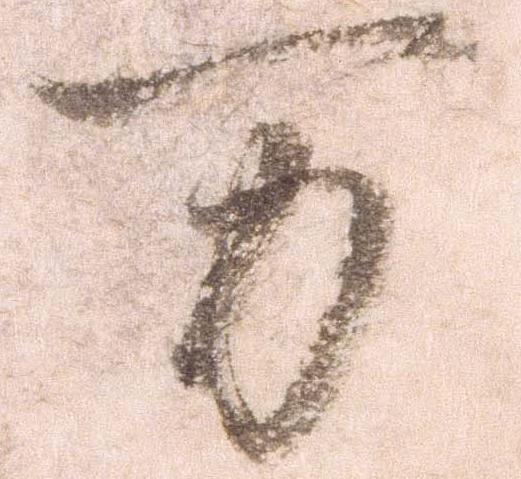
万